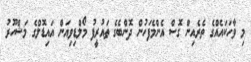
މި ވާހަކައެއްގެ ތެރެއިން ގޮސް އެންމެފަހުން ދޮންބެގެ ތައުރީފު މޯލްޑިވިއަން އައިޑޮލްގެ މަޝްހޫރު